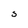
Character: 3